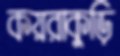
কয়রাকুড়ি